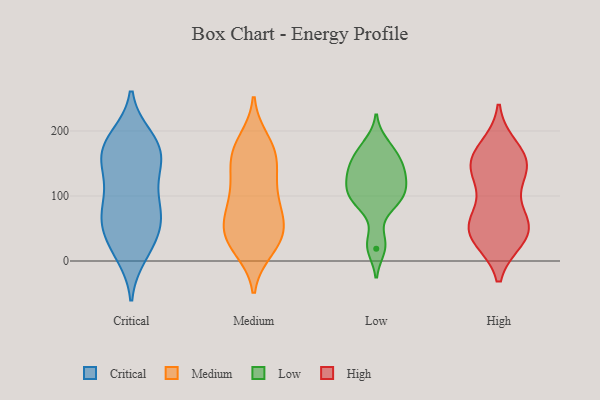
{"axis": {"x": "Population (Million)", "y": "Value"}, "legend": ["Critical", "High", "Low", "Medium"], "data": [{"x": "", "y": 109, "type": "Critical"}, {"x": "", "y": 154, "type": "Critical"}, {"x": "", "y": 180, "type": "Critical"}, {"x": "", "y": 190, "type": "Critical"}, {"x": "", "y": 163, "type": "Critical"}, {"x": "", "y": 49, "type": "Critical"}, {"x": "", "y": 52, "type": "Critical"}, {"x": "", "y": 179, "type": "Critical"}, {"x": "", "y": 136, "type": "Critical"}, {"x": "", "y": 62, "type": "Critical"}, {"x": "", "y": 10, "type": "Critical"}, {"x": "", "y": 22, "type": "Critical"}, {"x": "", "y": 63, "type": "Critical"}, {"x": "", "y": 90, "type": "Critical"}, {"x": "", "y": 138, "type": "Critical"}, {"x": "", "y": 19, "type": "Critical"}, {"x": "", "y": 184, "type": "Critical"}, {"x": "", "y": 84, "type": "Critical"}, {"x": "", "y": 75, "type": "Critical"}, {"x": "", "y": 161, "type": "Critical"}, {"x": "", "y": 139, "type": "Medium"}, {"x": "", "y": 185, "type": "Medium"}, {"x": "", "y": 90, "type": "Medium"}, {"x": "", "y": 21, "type": "Medium"}, {"x": "", "y": 63, "type": "Medium"}, {"x": "", "y": 175, "type": "Medium"}, {"x": "", "y": 37, "type": "Medium"}, {"x": "", "y": 166, "type": "Medium"}, {"x": "", "y": 130, "type": "Medium"}, {"x": "", "y": 35, "type": "Medium"}, {"x": "", "y": 18, "type": "Medium"}, {"x": "", "y": 36, "type": "Medium"}, {"x": "", "y": 65, "type": "Medium"}, {"x": "", "y": 66, "type": "Medium"}, {"x": "", "y": 47, "type": "Medium"}, {"x": "", "y": 167, "type": "Medium"}, {"x": "", "y": 154, "type": "Medium"}, {"x": "", "y": 103, "type": "Medium"}, {"x": "", "y": 101, "type": "Medium"}, {"x": "", "y": 108, "type": "Low"}, {"x": "", "y": 92, "type": "Low"}, {"x": "", "y": 140, "type": "Low"}, {"x": "", "y": 166, "type": "Low"}, {"x": "", "y": 94, "type": "Low"}, {"x": "", "y": 181, "type": "Low"}, {"x": "", "y": 117, "type": "Low"}, {"x": "", "y": 140, "type": "Low"}, {"x": "", "y": 140, "type": "Low"}, {"x": "", "y": 88, "type": "Low"}, {"x": "", "y": 161, "type": "Low"}, {"x": "", "y": 116, "type": "Low"}, {"x": "", "y": 29, "type": "Low"}, {"x": "", "y": 19, "type": "Low"}, {"x": "", "y": 146, "type": "High"}, {"x": "", "y": 114, "type": "High"}, {"x": "", "y": 163, "type": "High"}, {"x": "", "y": 34, "type": "High"}, {"x": "", "y": 136, "type": "High"}, {"x": "", "y": 34, "type": "High"}, {"x": "", "y": 43, "type": "High"}, {"x": "", "y": 138, "type": "High"}, {"x": "", "y": 67, "type": "High"}, {"x": "", "y": 175, "type": "High"}, {"x": "", "y": 54, "type": "High"}, {"x": "", "y": 59, "type": "High"}, {"x": "", "y": 64, "type": "High"}, {"x": "", "y": 151, "type": "High"}, {"x": "", "y": 35, "type": "High"}, {"x": "", "y": 161, "type": "High"}]}